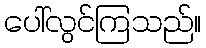
ပေါ်လွင်ကြသည်။